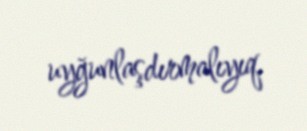
uyğunlaşdırmalıyıq.